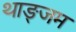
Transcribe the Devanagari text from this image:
थाङ्जम